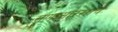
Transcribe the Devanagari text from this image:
सणासारखाच